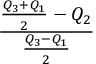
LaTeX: \frac { { \frac { { { Q } _ { 3 } } + { { Q } _ { 1 } } } { 2 } } - { { Q } _ { 2 } } } { \frac { { { Q } _ { 3 } } - { { Q } _ { 1 } } } { 2 } }